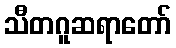
သီတဂူဆရာတော်